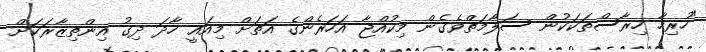
"ހުރިހާ ހިރާސްތަކަކުން ސަލާމަތްވެގެން މިކުއްޖާ އަހަރެންގެ އަތަށް މިއައީ ހާދަ ދިގު އިންތިޒާރަކަށް